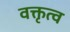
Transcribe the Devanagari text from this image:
वक्तृत्‍व